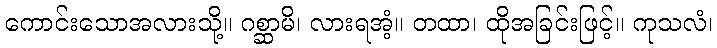
ကောင်းသောအလားသို့။ ဂစ္ဆာမိ၊ လားရအံ့။ တထာ၊ ထိုအခြင်းဖြင့်။ ကုသလံ၊